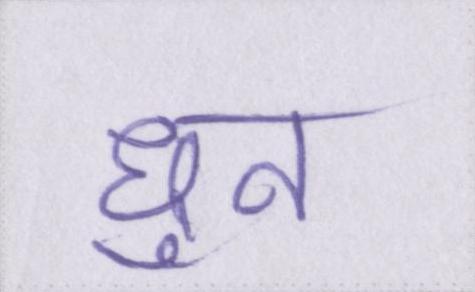
धुन